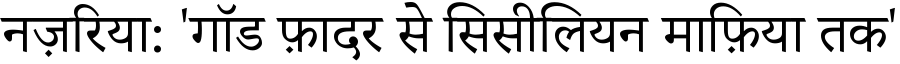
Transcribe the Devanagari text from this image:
नज़रिया: 'गॉड फ़ादर से सिसीलियन माफ़िया तक'